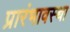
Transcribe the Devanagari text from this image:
प्रारंभावस्था